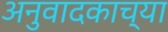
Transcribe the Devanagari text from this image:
अनुवादकाच्या